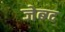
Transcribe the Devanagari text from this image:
जेब्ग्द